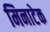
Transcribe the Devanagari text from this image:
मिनाटेक